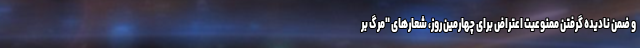
و ضمن نادیده گرفتن ممنوعیت اعتراض برای چهارمین روز، شعارهای "مرگ بر